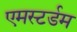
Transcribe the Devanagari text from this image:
एमस्टर्डम